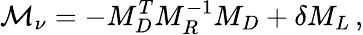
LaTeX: \mathcal{M}_{\nu}=-M_{D}^{T}M_{R}^{-1}M_{D}+\delta M_{L}\, ,